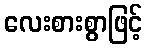
လေးစားစွာဖြင့်